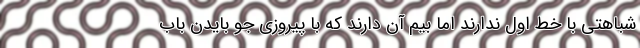
شباهتی با خط اول ندارند اما بیم آن دارند که با پیروزی جو بایدن باب